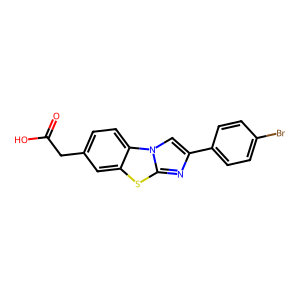
SMILES: O=C(O)Cc1ccc2c(c1)sc1nc(-c3ccc(Br)cc3)cn12
Inhibits HIV replication: No